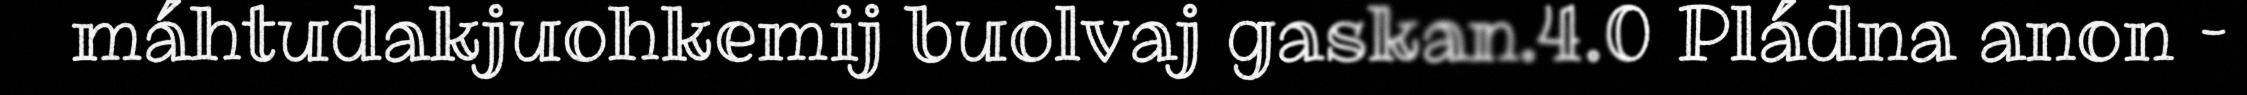
máhtudakjuohkemij buolvaj gaskan.4.0 Pládna anon –